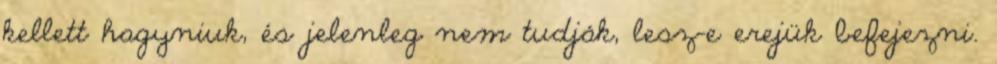
kellett hagyniuk, és jelenleg nem tudják, lesz-e erejük befejezni.